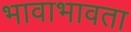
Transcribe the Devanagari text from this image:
भावाभावता